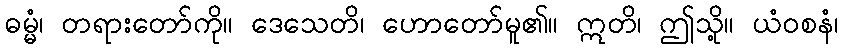
ဓမ္မံ၊ တရားတော်ကို။ ဒေသေတိ၊ ဟောတော်မူ၏။ ဣတိ၊ ဤသို့။ ယံဝစနံ၊